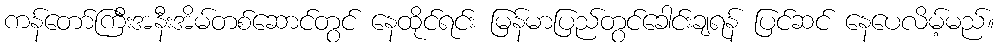
ကန်တော်ကြီးအနီးအိမ်တစ်ဆောင်တွင် နေထိုင်ရင်း မြန်မာပြည်တွင်ခေါင်းချရန် ပြင်ဆင် နေပေလိမ့်မည်။